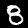
Label: 8